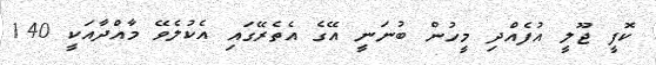
ކޮފީ ޖޫލީ އުފެއްދި މީހުން ބުނަނީ އޭގެ އެތެރޭގައި އެކުލެވޭ މާއްދާއަކީ 140